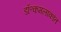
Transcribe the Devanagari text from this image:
डॉ॰कमलाकांत